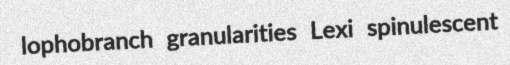
lophobranch granularities Lexi spinulescent